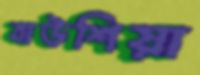
বাউশিয়া